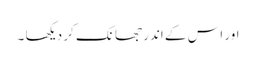
اور اس کے اندر جھانک کر دیکھا ۔